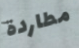
مطاردة